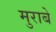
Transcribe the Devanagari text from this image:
मुराबे